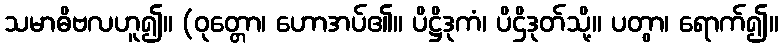
သမာဓိဗလဟူ၍။ (ဝုတ္တော၊ ဟောအပ်၏။ ပိဋ္ဌိဒုကံ၊ ပိဌိဒုတ်သို့။ ပတွာ၊ ရောက်၍။